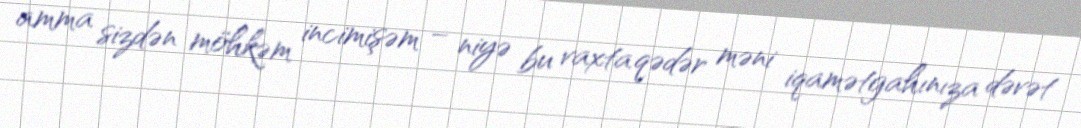
amma sizdən möhkəm incimişəm – niyə bu vaxta qədər məni iqamətgahınıza dəvət